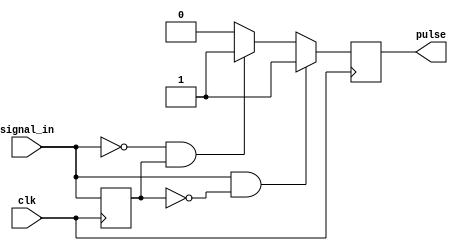
module PulseEdgeDetector (
    input wire clk,               // Clock input
    input wire signal_in,         // Input signal for edge detection
    output reg pulse              // Pulse output for edge detection
);

// Memory block to store previous state of input signal
reg signal_prev;

// Initialize the previous signal state
initial begin
    signal_prev = 1'b0;          // Initialize to low (or known state)
    pulse = 1'b0;                // Initialize pulse to low
end

// Edge detection logic
always @(posedge clk) begin
    // Detect rising edge: current high and previous low
    if (signal_in && !signal_prev) begin
        pulse <= 1'b1;           // Generate pulse
    end
    // Detect falling edge: current low and previous high
    else if (!signal_in && signal_prev) begin
        pulse <= 1'b1;           // Generate pulse
    end
    else begin
        pulse <= 1'b0;           // No edge detected, pulse is low
    end

    // Update previous state to current state
    signal_prev <= signal_in;
end

endmodule